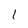
Character: 1